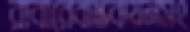
রাবারেবাস্তবায়নসং